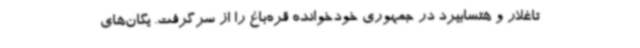
تاغلار و هتسابیرد در جمهوری خودخوانده قره‌باغ را از سرگرفت. یگان‌های